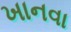
ખાનવા